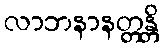
လာဘနာနတ္တန္တိ